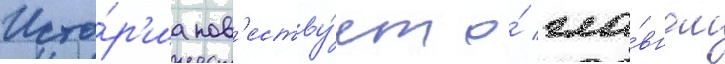
Исто́р'иа пов'еству́ет о́ гла́вном